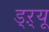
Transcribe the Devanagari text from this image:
ड्‌ऱ्यू